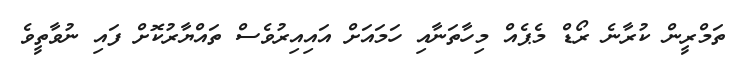
ތަމްރީން ކުރާނެ ރޯޑް މެޕެއް މިހާތަނާއި ހަމައަށް އައިއިރުވެސް ތައްޔާރުކޮށް ފައި ނުވާތީވެ